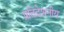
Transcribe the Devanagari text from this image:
प्रतिदेशनीय